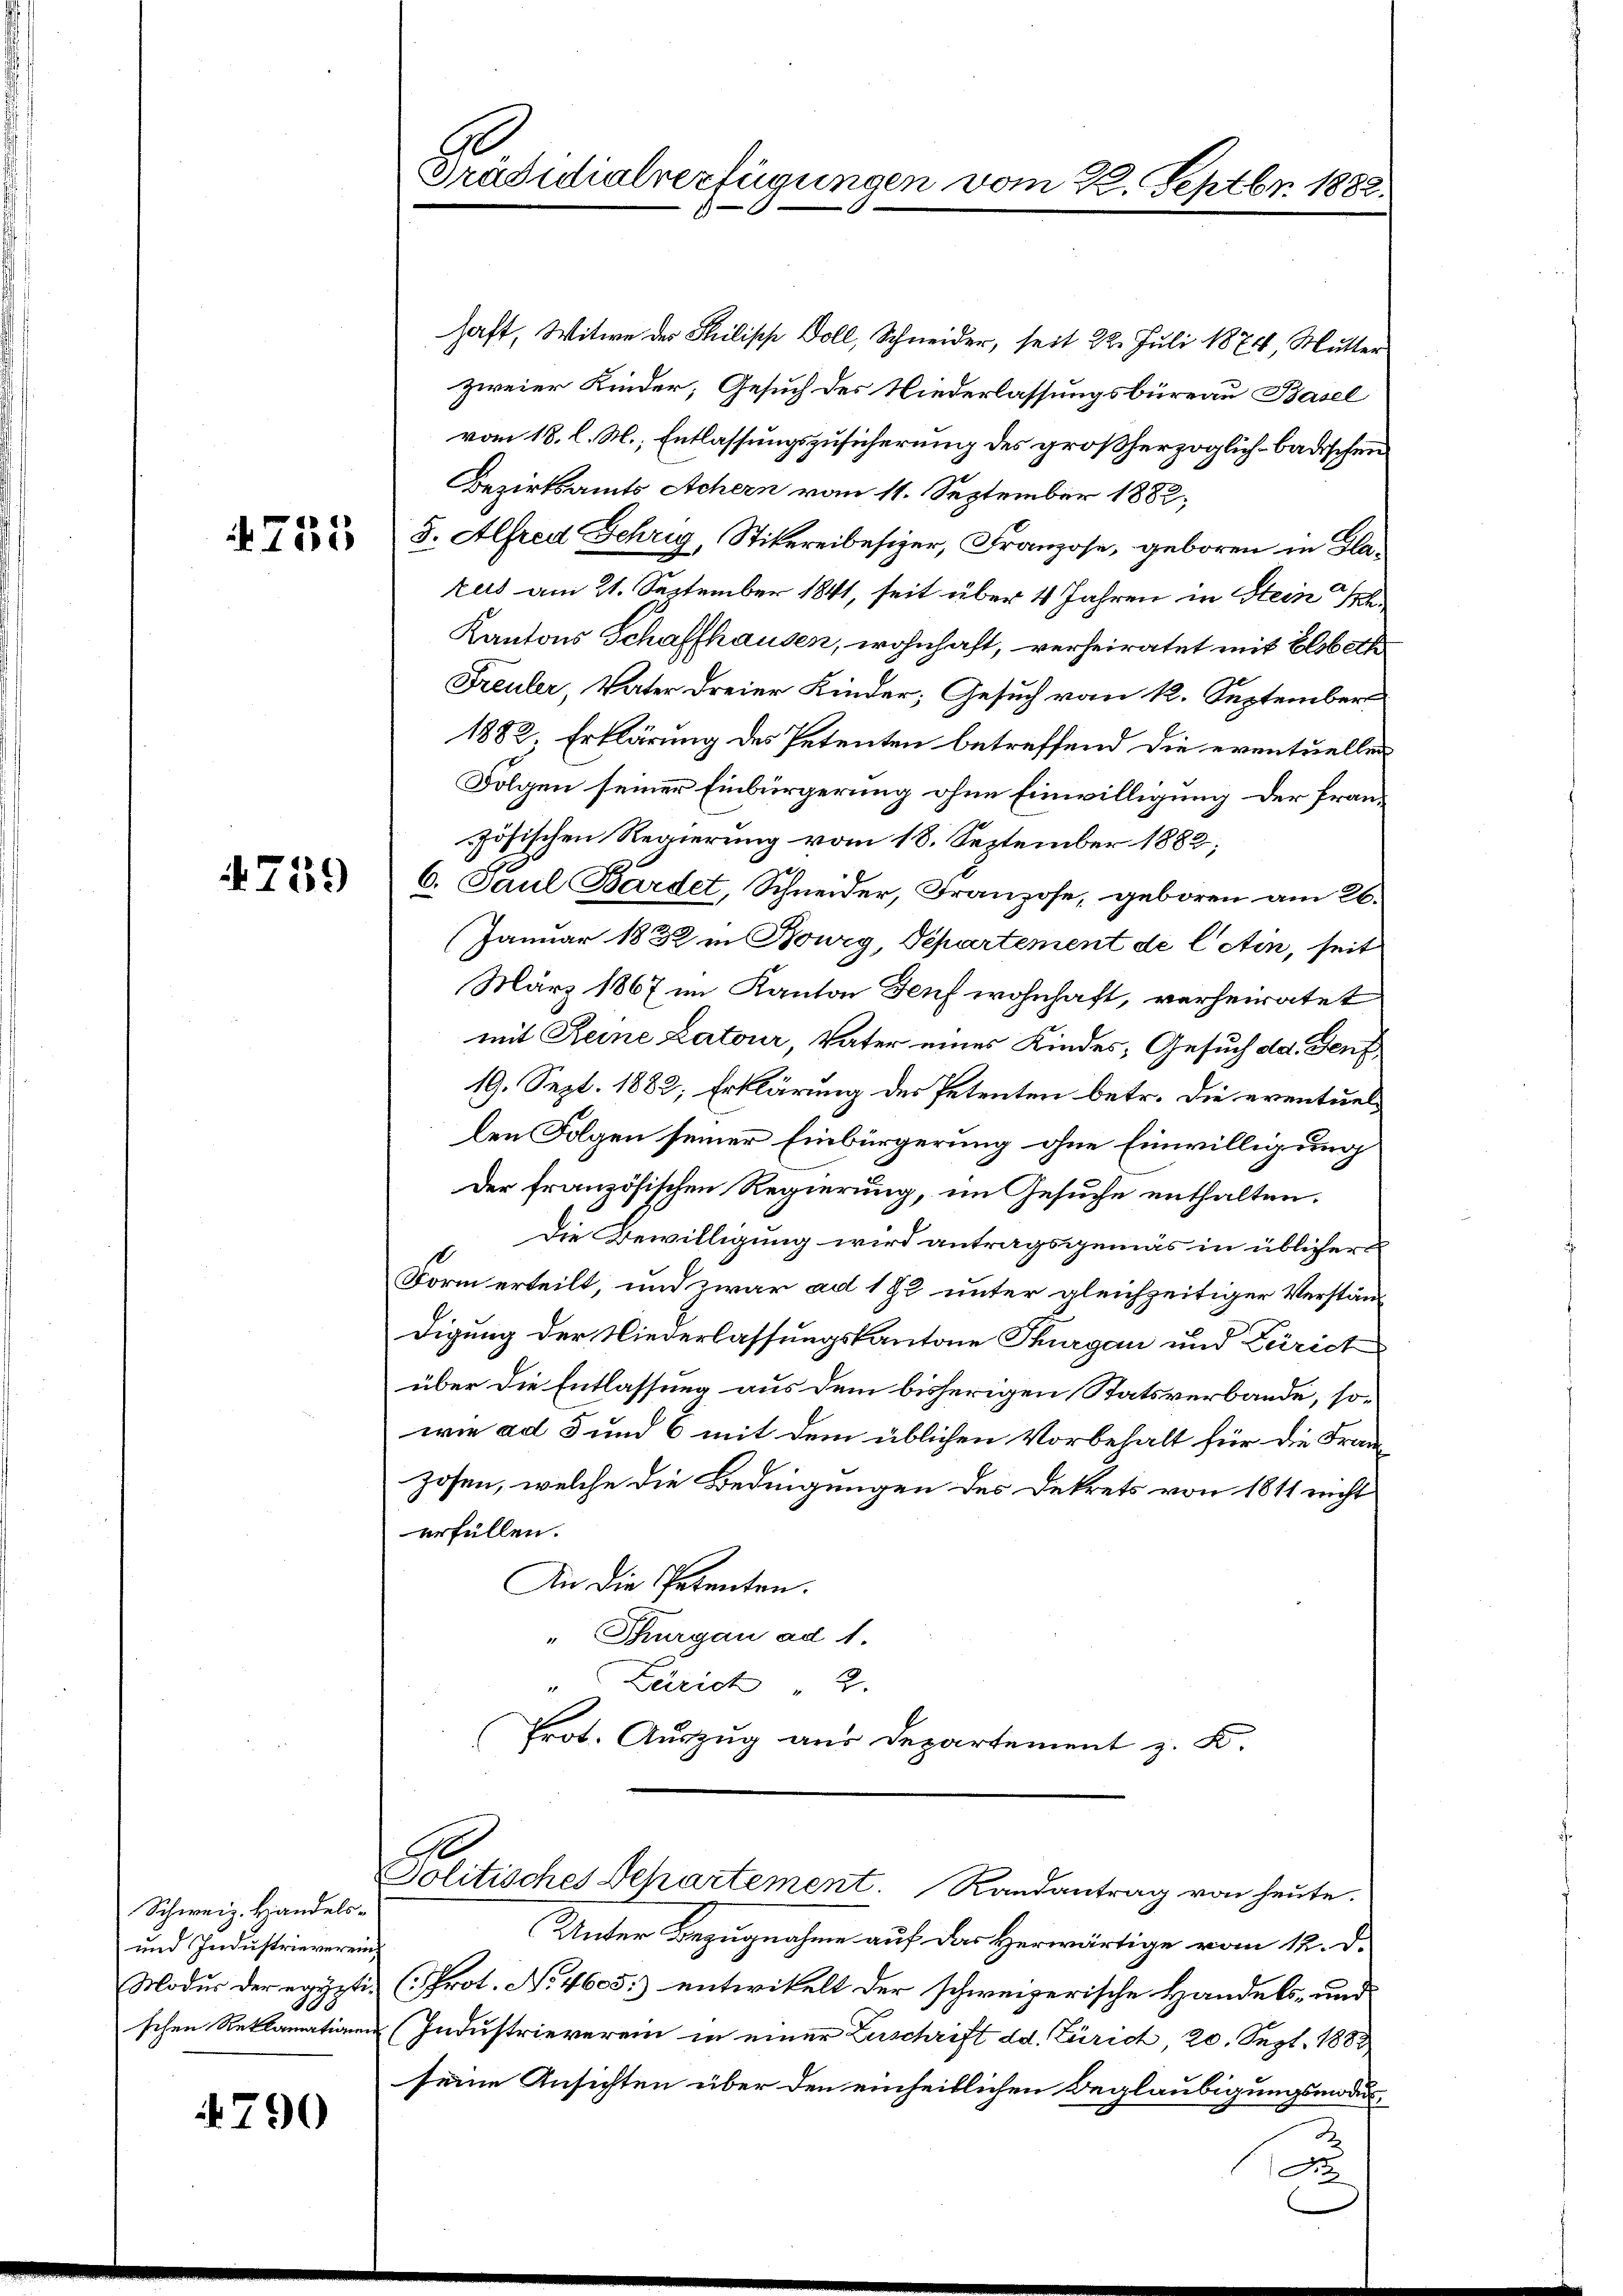
755

4759

Schweiz. Handels¬
und Industrieverein
Modus der egypti-

4790

Präsidialverfügungen vom 22. Septbr. 1882.

haft, Witwe der Philisch Doll, Schneider, seit 22. Juli 1874, Mutter
zweier Kinder, Gesuch des Niederlassungsbüreau Basel
vom 18. l. M., Entlassungszusicherung des großherzoglich badischen
Bezirksamts Achern vom 11. September 1882,
5. Alfred Gehrig, Stikereibesizer, Franzose, geboren in Glazus am 21. September 1841, seit über 4 Jahren in Stein Sch
Kantons Schaffhausen, wohnhaft, verheiratet mit Elsbeth
Freuler, Vater dreier Kinder; Gesuch vom 12. September
1882, Erklärung des Petenten betreffend die eventuellen
Folgen seiner Einbürgerung ohne Einwilligung der französischen Regierung vom 18. September 1882;
6. Paul Bardet, Schneider, Franzose, geboren am 26.
Januar 1832 in Bourg, Departement de letin, seit
März 1867 im Kanton Genf wohnhaft, verheiratet
mit Reine Latour, Vater eines Kindes, Gesuch ad. Genf
19. Sept. 1882; Erklärung des Petenten betr. die eventuellen Folgen seiner Einbürgerung ohne Einwilligung
Der französischen Regierung, im Gesuche enthalten.
c. Die Bewilligung wird antragsgemäs in üblicher
Form erteilt, und zwar ad 182 unter gleichzeitiger Verständigung der Niederlassungskantone Thurgau und Zürich
über die Entlassung aus dem bisherigen Statsverbande, sowie ad 5 und 6 mit dem üblichen Vorbehalt für die Franzosen, welche die Bedingungen des Dekrets von 1811 nicht
erfüllen.
An die Petenten.
" Thurgau ad 1.
" Zürich 2.
Prot. Auszug aus Departement z. B.

Politisches Separtement. Randantrag von heute.

Unter Bezugnahme auf das Herwärtige vom 12. d.
(Prot. No. 4605:) entwickelt der schweizerische Handels- und
schen Reklamationen (Industrieverein in einer Zerschrift dd. Zürich, 20. Sept. 1882,
seine Ansichten über den einheitlichen Beglaubigungsmodus
a